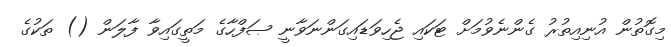
މިގޮތުން އުނިއިތުރު ގެންނެވުމަށް ޓަކައި ޖެހިވަޑައިގަންނަވާނީ ޞަފްހާގެ މަތީގައިވާ ފާލަން () ތަކުގެ